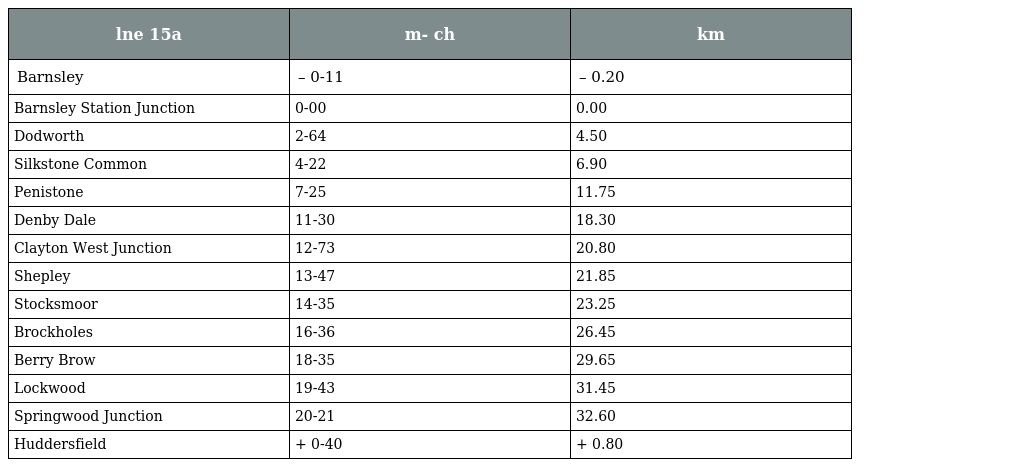
| lne 15a | m- ch | km |
 | --- | --- | --- |
 | Barnsley | – 0-11 | – 0.20 |
 | Barnsley Station Junction | 0-00 | 0.00 |
 | Dodworth | 2-64 | 4.50 |
 | Silkstone Common | 4-22 | 6.90 |
 | Penistone | 7-25 | 11.75 |
 | Denby Dale | 11-30 | 18.30 |
 | Clayton West Junction | 12-73 | 20.80 |
 | Shepley | 13-47 | 21.85 |
 | Stocksmoor | 14-35 | 23.25 |
 | Brockholes | 16-36 | 26.45 |
 | Berry Brow | 18-35 | 29.65 |
 | Lockwood | 19-43 | 31.45 |
 | Springwood Junction | 20-21 | 32.60 |
 | Huddersfield | + 0-40 | + 0.80 |